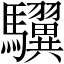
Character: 龮